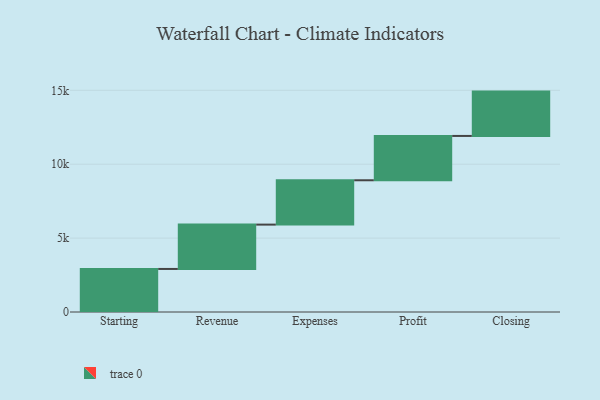
{"axis": {"x": "Step", "y": "Value"}, "legend": [""], "data": [{"x": "Starting", "y": 2913.0, "type": ""}, {"x": "Revenue", "y": 3000, "type": ""}, {"x": "Expenses", "y": 3000, "type": ""}, {"x": "Profit", "y": 3000, "type": ""}, {"x": "Closing", "y": 3000, "type": ""}]}